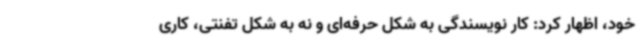
خود، اظهار کرد: کار نویسندگی به شکل حرفه‌ای و نه به شکل تفنتی، کاری